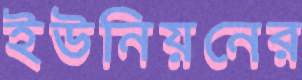
ইউনিয়নের